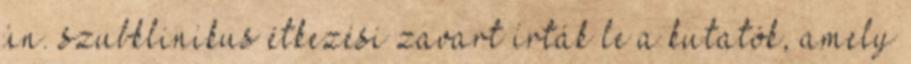
ún. szubklinikus étkezési zavart írták le a kutatók, amely